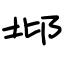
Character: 邶